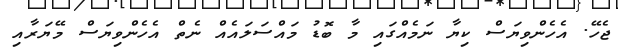
ޖެހޭ. އެހެންވިޔަސް ކިޔާ ނަމެއްގައި މާ ބޮޑު މައްސަލައެއް ނެތް އެހެންވިޔަސް މޭޔަރާއި